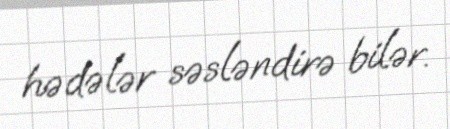
hədələr səsləndirə bilər.